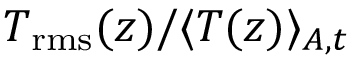
T _ { \mathrm { r m s } } ( z ) / \langle T ( z ) \rangle _ { A , t }